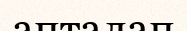
апталап